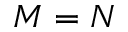
M = N